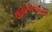
લાયકાતવાળા